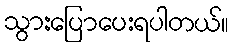
သွားပြောပေးရပါတယ်။